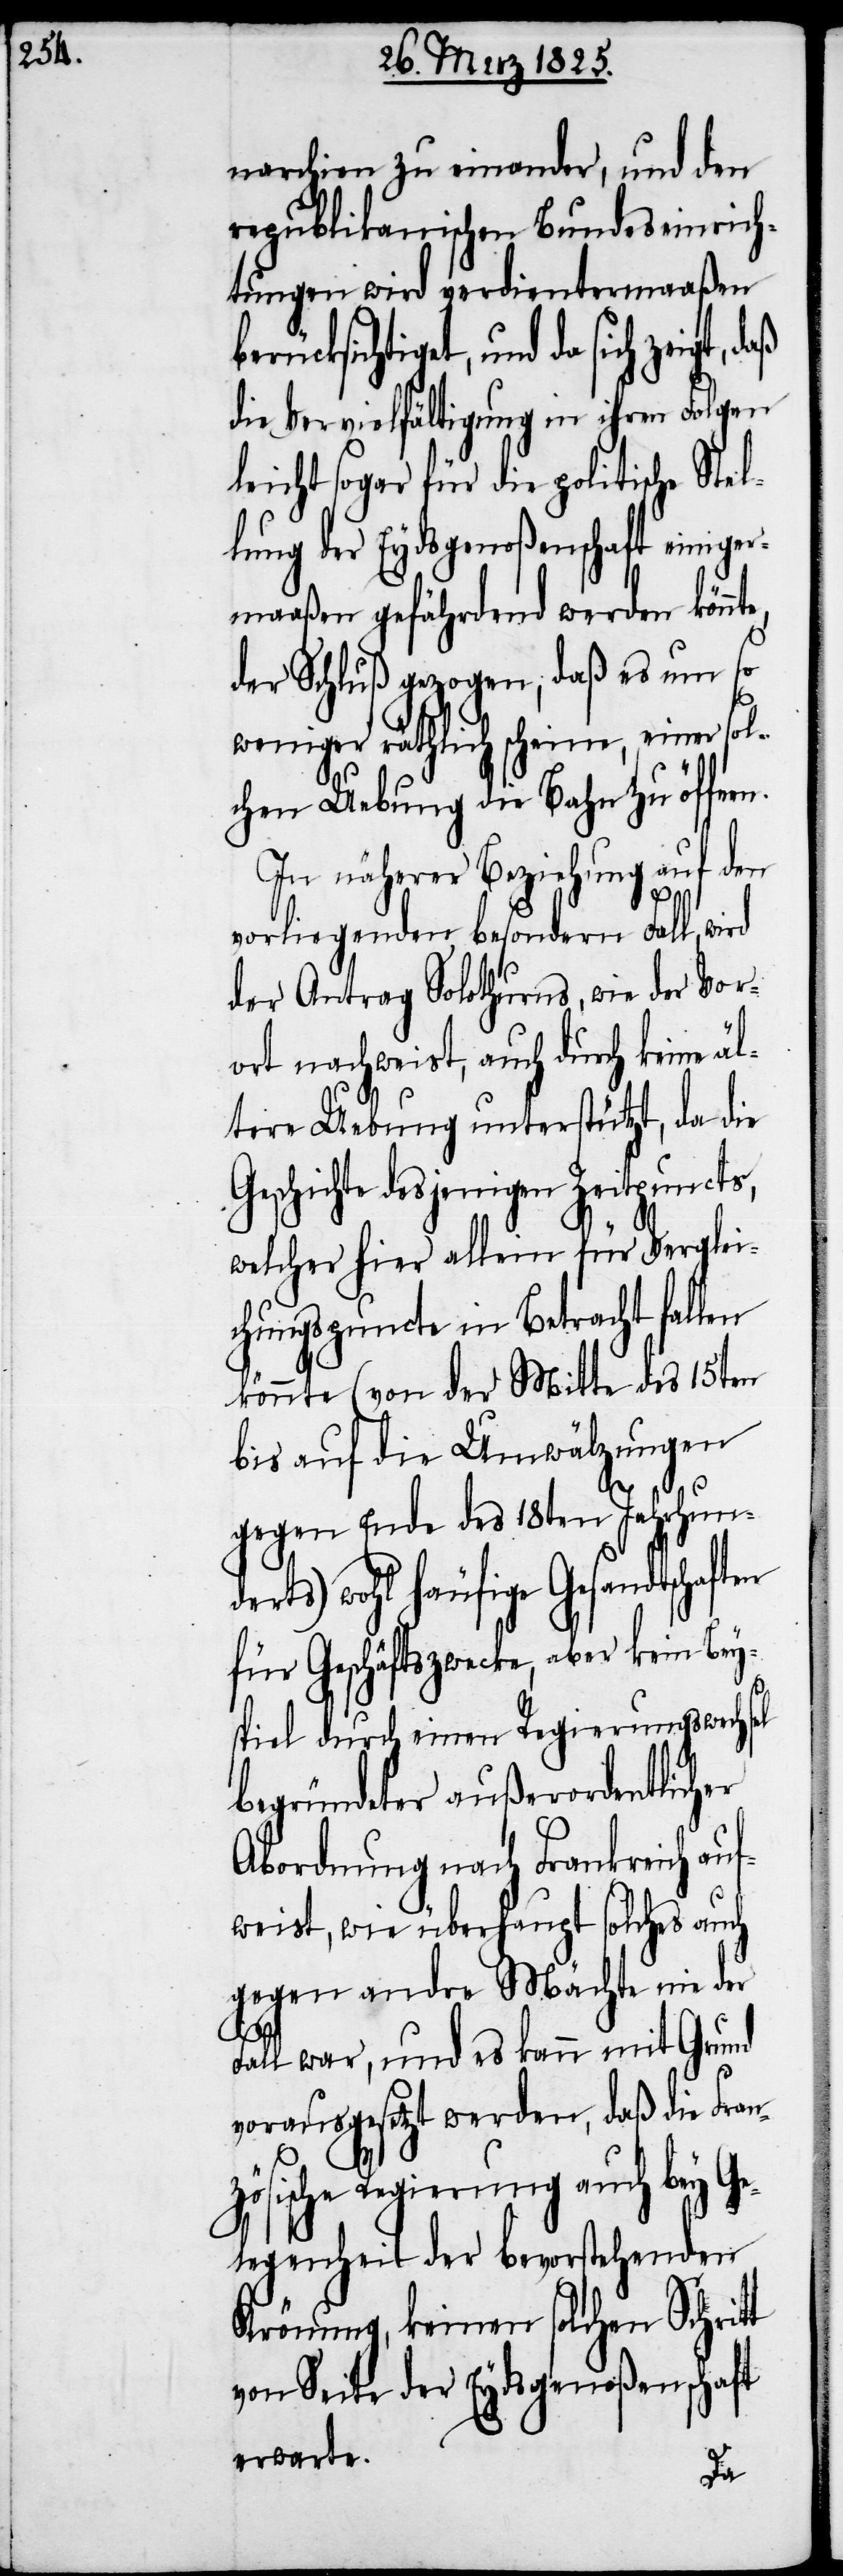
narchien zu einander, und den
republikanischen Bundeseinrich¬
tungen wird verdientermaaßen
berücksichtiget, und da sich
die Vervielfältigung in ihren Folgen
leicht sogar für die politische Stel¬
lung der Eydsgenoßenschaft einiger¬
maaßen gefährdend werden könn¬
der Schluß gezogen, daß es um so
weniger räthlich scheine, einer sol¬
chen Uebung die Bahn zu öffnen.
In näherer Beziehung auf den
vorliegenden besondern Fall, wird
der Antrag Solothurns, wie der Vor¬
ort nachweist, auch durch keine äl¬
tere Uebung unterstützt, da die
Geschichte desjenigen Zeitpuncts,
welcher hier allein für Verglei¬
chungspuncte in Betracht fallen
könnte (von der Mitte des 15ten
bis auf die Umwälzungen
gegen Ende des 18ten Jahrhund¬
erts) wohl häufige Gesandtschaft¬
für Geschäftszwecke, aber kein Bey¬
spiel durch einen Regierungswechsel
begründeter außerordentlicher
Abordnung nach Frankreich au¬
fweist, wie überhaupt solches auch
gegen andre Mächte nie der
en
Fall war, und es kann mit Grund
vorausgesetzt werden, daß die Franz¬
ösische Regierung auch bey G¬
elegenheit der bevorstehenden
Krönung, keinen solchen Schritt
von Seite der Eydsgenoßenschaft
erwarte.